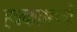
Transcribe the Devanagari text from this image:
हक्कामध्ये